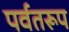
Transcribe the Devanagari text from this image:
पर्वतरूप